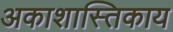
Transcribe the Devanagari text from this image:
अकाशास्तिकाय